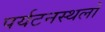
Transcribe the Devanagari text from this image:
पर्यटनस्थलों